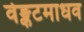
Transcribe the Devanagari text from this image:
वेङ्कटमाधव